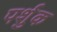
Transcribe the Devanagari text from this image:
पर्शुक